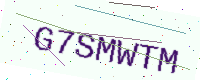
Text: G7SMWTM